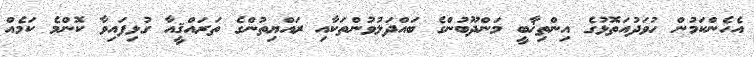
އެހެންކަމުން ހުވަދުއަތޮޅުގެ އިންތިޚާބީ މަންދޫބުންގެ ބައްދަލުވުންތަކާއި ރައްޔިތުންގެ ތަރައްޤީއާ ގުޅިފައިވާ ކޮންމެ ކަމެއް